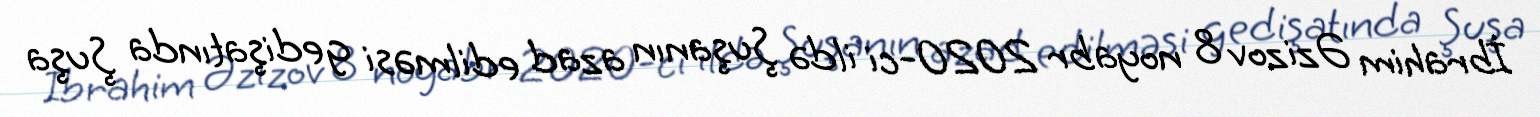
İbrahim Əzizov 8 noyabr 2020-ci ildə Şuşanın azad edilməsi gedişatında Şuşa